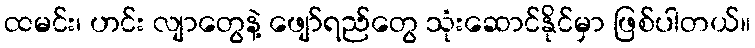
ထမင်း၊ ဟင်း လျာတွေနဲ့ ဖျော်ရည်တွေ သုံးဆောင်နိုင်မှာ ဖြစ်ပါတယ်။